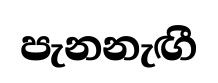
පැනනැඟී